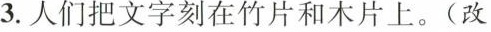
3.人们把文字刻在竹片和木片上。(改